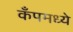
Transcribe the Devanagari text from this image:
कँपमध्ये